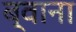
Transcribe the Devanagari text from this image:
ब्वाना